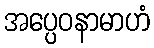
အပ္ပေဝနာမာဟံ